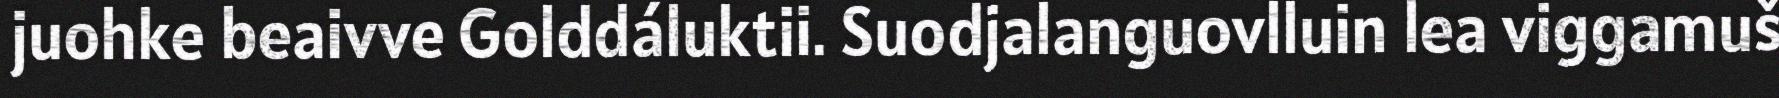
juohke beaivve Golddáluktii. Suodjalanguovlluin lea viggamuš